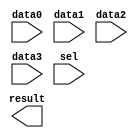
// megafunction wizard: %LPM_MUX%VBB%
// GENERATION: STANDARD
// VERSION: WM1.0
// MODULE: LPM_MUX 

// ============================================================
// Megafunction Name(s):
// 			LPM_MUX
//
// Simulation Library Files(s):
// 			lpm
// ============================================================
// ************************************************************
// THIS IS A WIZARD-GENERATED FILE. DO NOT EDIT THIS FILE!
//
// 17.0.0 Build 595 04/25/2017 SJ Standard Edition
// ************************************************************

//Copyright (C) 2017  Intel Corporation. All rights reserved.
//Your use of Intel Corporation's design tools, logic functions 
//and other software and tools, and its AMPP partner logic 
//functions, and any output files from any of the foregoing 
//(including device programming or simulation files), and any 
//associated documentation or information are expressly subject 
//to the terms and conditions of the Intel Program License 
//Subscription Agreement, the Intel Quartus Prime License Agreement,
//the Intel MegaCore Function License Agreement, or other 
//applicable license agreement, including, without limitation, 
//that your use is for the sole purpose of programming logic 
//devices manufactured by Intel and sold by Intel or its 
//authorized distributors.  Please refer to the applicable 
//agreement for further details.

module myMux (
	data0,
	data1,
	data2,
	data3,
	sel,
	result);

	input	  data0;
	input	  data1;
	input	  data2;
	input	  data3;
	input	[1:0]  sel;
	output	  result;

endmodule

// ============================================================
// CNX file retrieval info
// ============================================================
// Retrieval info: PRIVATE: INTENDED_DEVICE_FAMILY STRING "Cyclone IV E"
// Retrieval info: PRIVATE: SYNTH_WRAPPER_GEN_POSTFIX STRING "0"
// Retrieval info: PRIVATE: new_diagram STRING "1"
// Retrieval info: LIBRARY: lpm lpm.lpm_components.all
// Retrieval info: CONSTANT: LPM_SIZE NUMERIC "4"
// Retrieval info: CONSTANT: LPM_TYPE STRING "LPM_MUX"
// Retrieval info: CONSTANT: LPM_WIDTH NUMERIC "1"
// Retrieval info: CONSTANT: LPM_WIDTHS NUMERIC "2"
// Retrieval info: USED_PORT: data0 0 0 0 0 INPUT NODEFVAL "data0"
// Retrieval info: USED_PORT: data1 0 0 0 0 INPUT NODEFVAL "data1"
// Retrieval info: USED_PORT: data2 0 0 0 0 INPUT NODEFVAL "data2"
// Retrieval info: USED_PORT: data3 0 0 0 0 INPUT NODEFVAL "data3"
// Retrieval info: USED_PORT: result 0 0 0 0 OUTPUT NODEFVAL "result"
// Retrieval info: USED_PORT: sel 0 0 2 0 INPUT NODEFVAL "sel[1..0]"
// Retrieval info: CONNECT: @data 0 0 1 0 data0 0 0 0 0
// Retrieval info: CONNECT: @data 0 0 1 1 data1 0 0 0 0
// Retrieval info: CONNECT: @data 0 0 1 2 data2 0 0 0 0
// Retrieval info: CONNECT: @data 0 0 1 3 data3 0 0 0 0
// Retrieval info: CONNECT: @sel 0 0 2 0 sel 0 0 2 0
// Retrieval info: CONNECT: result 0 0 0 0 @result 0 0 1 0
// Retrieval info: GEN_FILE: TYPE_NORMAL myMux.v TRUE
// Retrieval info: GEN_FILE: TYPE_NORMAL myMux.inc FALSE
// Retrieval info: GEN_FILE: TYPE_NORMAL myMux.cmp FALSE
// Retrieval info: GEN_FILE: TYPE_NORMAL myMux.bsf TRUE
// Retrieval info: GEN_FILE: TYPE_NORMAL myMux_inst.v FALSE
// Retrieval info: GEN_FILE: TYPE_NORMAL myMux_bb.v TRUE
// Retrieval info: LIB_FILE: lpm